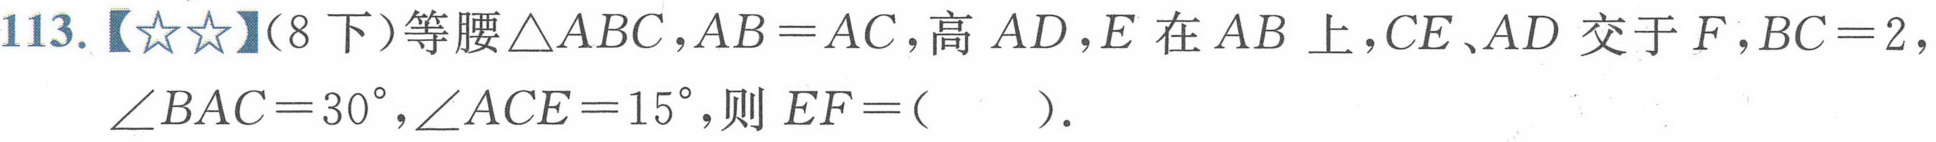
113.【★★】（8下）等腰\(\triangle ABC\)，\(AB = AC\)，高\(AD\)，\(E\)在\(AB\)上，\(CE\)、\(AD\)交于\(F\)，\(BC = 2\)，\(\angle BAC = 30^{\circ}\)，\(\angle ACE = 15^{\circ}\)，则\(EF=(\quad)\).